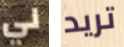
لي تريد